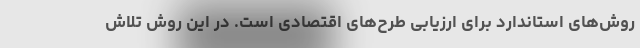
روش‌های استاندارد برای ارزیابی طرح‌های اقتصادی است. در این روش تلاش